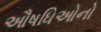
ઔષધિઓનો